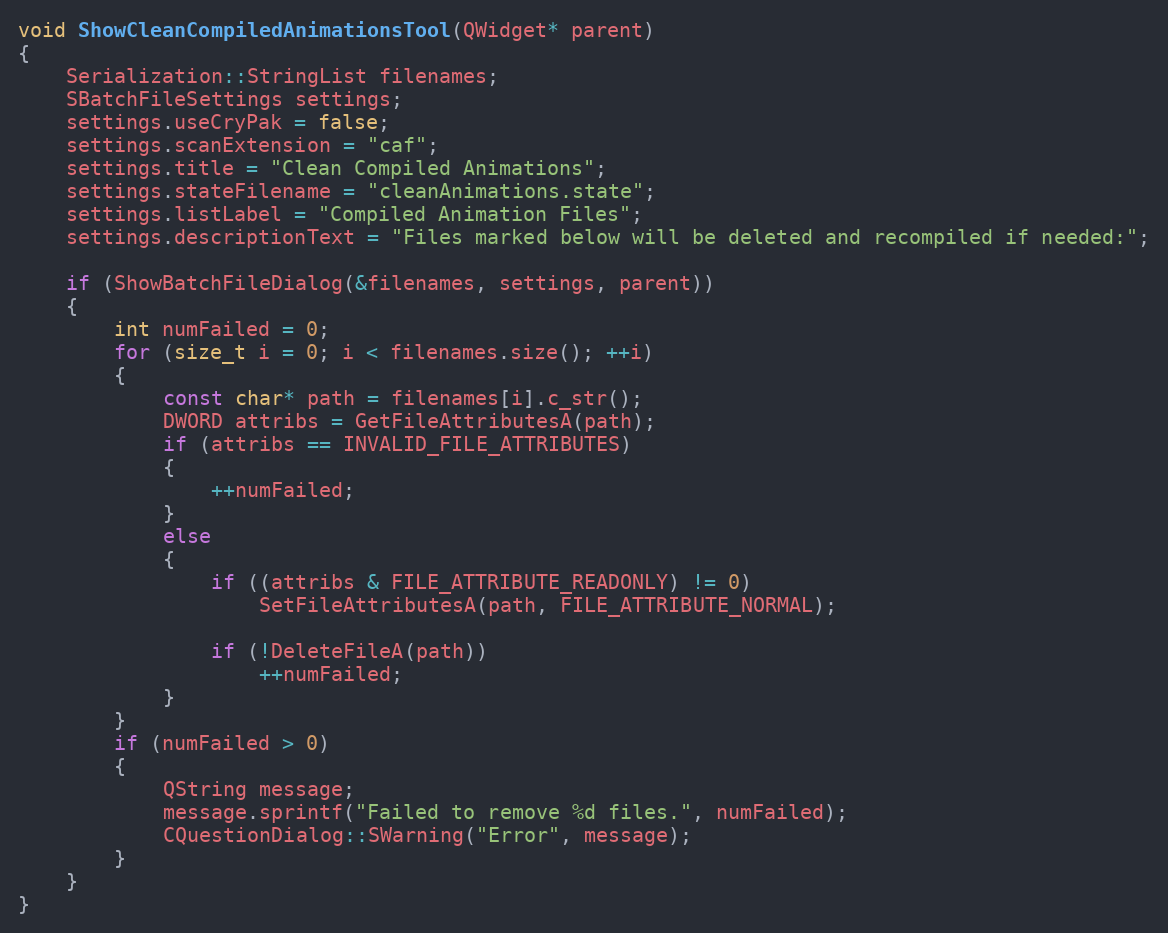
Language: C++
void ShowCleanCompiledAnimationsTool(QWidget* parent)
{
	Serialization::StringList filenames;
	SBatchFileSettings settings;
	settings.useCryPak = false;
	settings.scanExtension = "caf";
	settings.title = "Clean Compiled Animations";
	settings.stateFilename = "cleanAnimations.state";
	settings.listLabel = "Compiled Animation Files";
	settings.descriptionText = "Files marked below will be deleted and recompiled if needed:";

	if (ShowBatchFileDialog(&filenames, settings, parent))
	{
		int numFailed = 0;
		for (size_t i = 0; i < filenames.size(); ++i)
		{
			const char* path = filenames[i].c_str();
			DWORD attribs = GetFileAttributesA(path);
			if (attribs == INVALID_FILE_ATTRIBUTES)
			{
				++numFailed;
			}
			else
			{
				if ((attribs & FILE_ATTRIBUTE_READONLY) != 0)
					SetFileAttributesA(path, FILE_ATTRIBUTE_NORMAL);

				if (!DeleteFileA(path))
					++numFailed;
			}
		}
		if (numFailed > 0)
		{
			QString message;
			message.sprintf("Failed to remove %d files.", numFailed);
			CQuestionDialog::SWarning("Error", message);
		}
	}
}